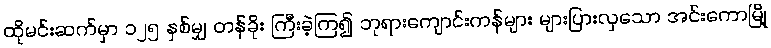
ထိုမင်းဆက်မှာ ၁၂၅ နှစ်မျှ တန်ခိုး ကြီးခဲ့ကြ၍ ဘုရားကျောင်းကန်များ များပြားလှသော အင်းကောမြို့